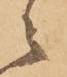
ニ